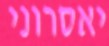
יאסרוני